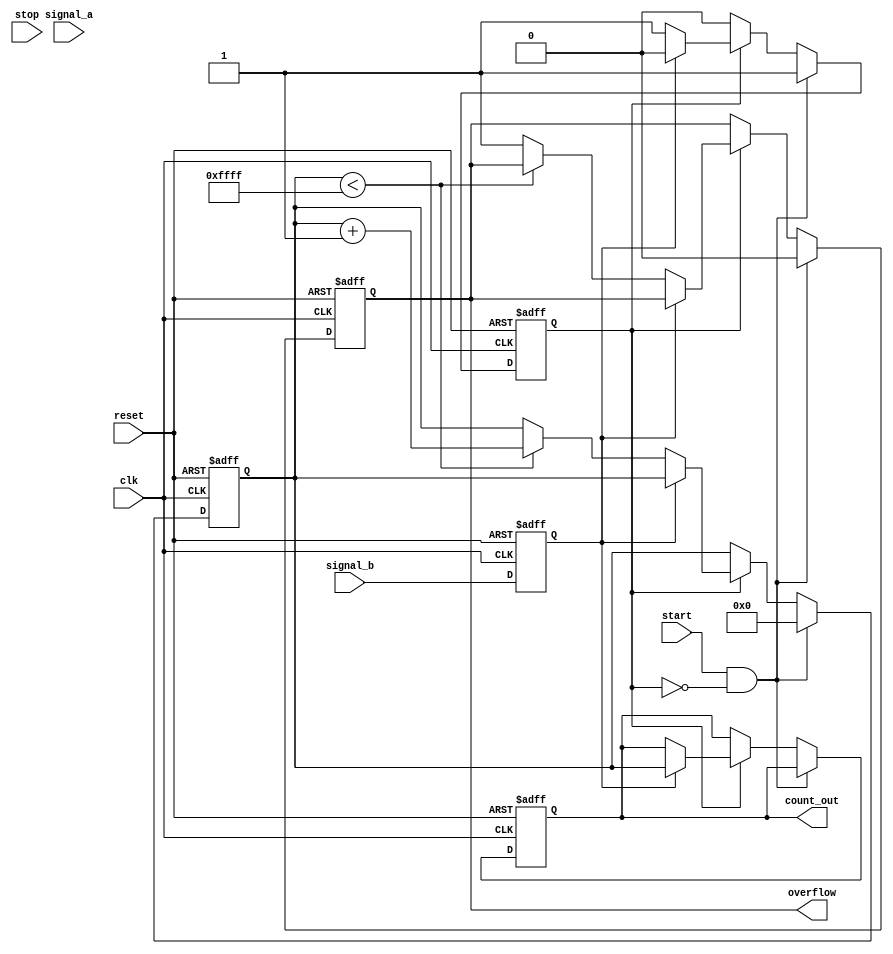
module TDC (
    input wire clk,               // System clock
    input wire reset,             // Asynchronous reset
    input wire start,             // Start signal for measurement
    input wire stop,              // Stop signal for measurement
    input wire signal_a,          // First input signal
    input wire signal_b,          // Second input signal
    output reg [15:0] count_out,  // Output count value
    output reg overflow           // Overflow flag
);

    // Parameters
    parameter DELAY_STAGES = 16;  // Number of delay stages
    parameter MAX_COUNT = 16'hFFFF; // Maximum count value

    // Internal signals
    reg [15:0] counter;            // Digital counter
    reg [DELAY_STAGES-1:0] delay_line; // Delay line
    reg measuring;                 // Measuring state
    reg signal_a_d;               // Delayed signal_a
    reg signal_b_d;               // Delayed signal_b

    // Input Signal Conditioning (Schmitt Trigger)
    always @(posedge clk or posedge reset) begin
        if (reset) begin
            signal_a_d <= 0;
            signal_b_d <= 0;
        end else begin
            signal_a_d <= signal_a;
            signal_b_d <= signal_b;
        end
    end

    // Delay Line Implementation
    always @(posedge clk or posedge reset) begin
        if (reset) begin
            delay_line <= 0;
        end else begin
            delay_line <= {delay_line[DELAY_STAGES-2:0], signal_a_d};
        end
    end

    // Counter Logic
    always @(posedge clk or posedge reset) begin
        if (reset) begin
            counter <= 0;
            count_out <= 0;
            overflow <= 0;
            measuring <= 0;
        end else if (start && !measuring) begin
            measuring <= 1; // Start measuring
            counter <= 0;    // Reset counter
            overflow <= 0;   // Clear overflow
        end else if (measuring) begin
            if (signal_b_d) begin
                count_out <= counter; // Capture count on signal_b
                measuring <= 0;        // Stop measuring
            end else if (counter < MAX_COUNT) begin
                counter <= counter + 1; // Increment counter
            end else begin
                overflow <= 1; // Set overflow if max count reached
            end
        end
    end

endmodule